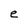
Character: e